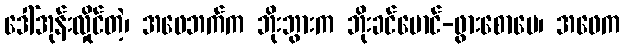
ဒေါ်အုန်းလှိုင်တဲ့၊ အဖေဘက်က ဘိုးဘွားက ဘိုးခင်မောင်-ဖွားစောမေ၊ အဖေက